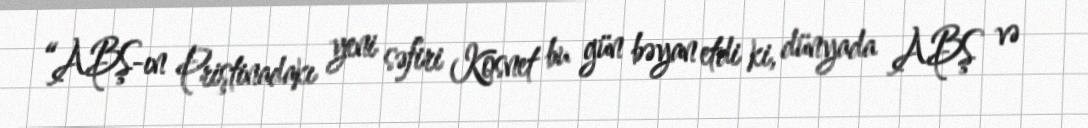
“ABŞ-ın Priştinadakı yeni səfiri Kosnet bu gün bəyan etdi ki, dünyada ABŞ və